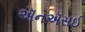
ઍનઍસઈ